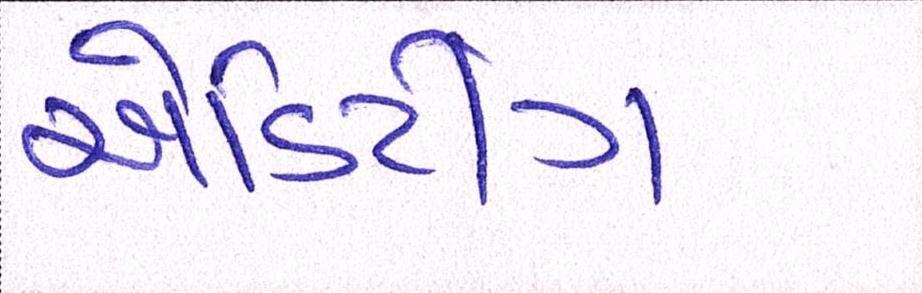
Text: એડિટીંગ